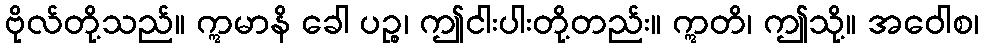
ဗိုလ်တို့သည်။ ဣမာနိ ခေါ ပဉ္စ၊ ဤငါးပါးတို့တည်း။ ဣတိ၊ ဤသို့။ အဝေါစ၊